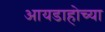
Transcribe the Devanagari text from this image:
आयडाहोच्या